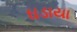
ઘડાયા